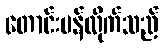
တောင်းပန်လိုက်သည်